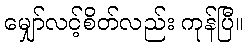
မျှော်လင့်စိတ်လည်း ကုန်ပြီ။